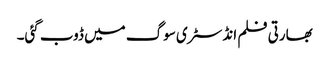
بھارتی فلم انڈسٹری سوگ میں ڈوب گئی۔